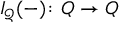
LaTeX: I _ { \mathcal { Q } } ( - ) \colon Q \to Q